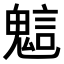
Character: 𧪵